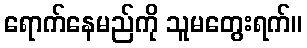
ရောက်နေမည်ကို သူမတွေးရက်။